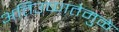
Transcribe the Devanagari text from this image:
अतिउष्णतेमुळे